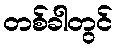
တစ်ခါတွင်